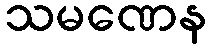
သမဏေန